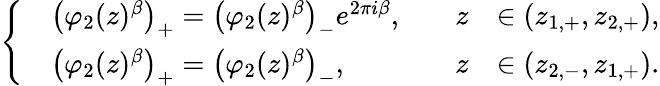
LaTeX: \left\{ \begin{array}{rlrl}&{\left(\varphi_{2}(z)^{{\beta}}\right)_{+}=\left(\varphi_{2}(z)^{{\beta}}\right)_{-}e^{2\pi i{\beta}},\quad}&{z}&{\in(z_{1,+},z_{2,+}),}\\ &{\left(\varphi_{2}(z)^{{\beta}}\right)_{+}=\left(\varphi_{2}(z)^{{\beta}}\right)_{-},\quad}&{z}&{\in(z_{2,-},z_{1,+}).}\end{array}\right.